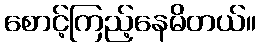
စောင့်ကြည့်နေမိတယ်။